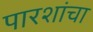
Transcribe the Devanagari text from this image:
पारशांचा